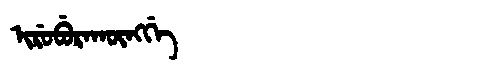
Manchu: ᡳᡵᡠᠪᡠᡵᠠᡴᡡᠩᡤᡝ
Romanization: IRUBURAKŪNGGE